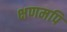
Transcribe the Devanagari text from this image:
क्षणमपि